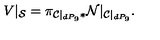
V | _ { { \cal S } } = \pi _ { { \cal C } | _ { d P _ { 9 } } * } { \cal N } | _ { { \cal { C } } | _ { d P _ { 9 } } } .